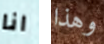
انا وهذا